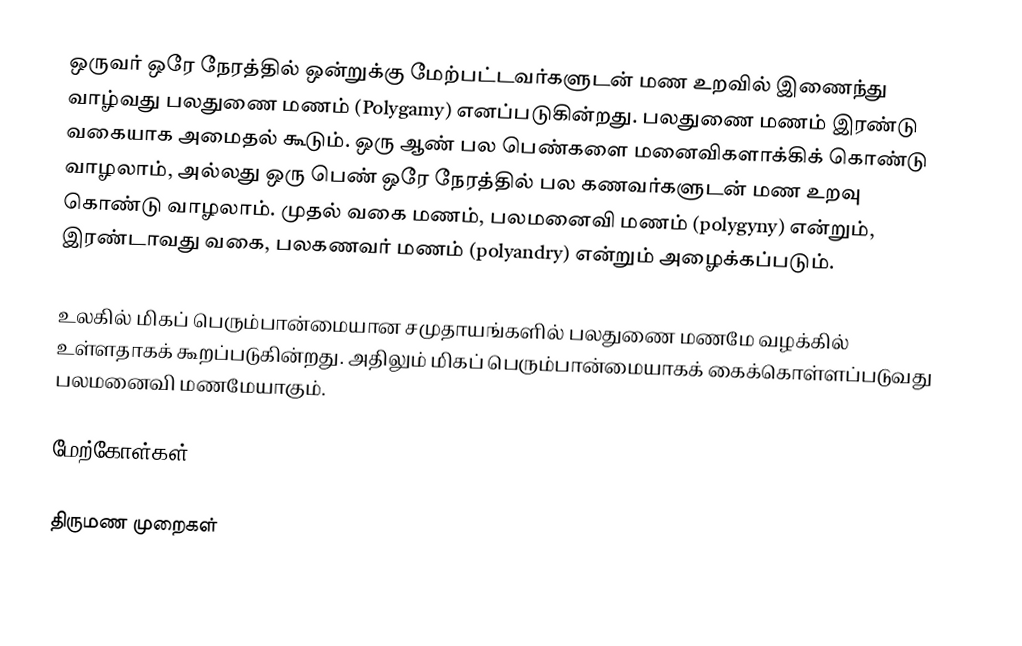
ஒருவர் ஒரே நேரத்தில் ஒன்றுக்கு மேற்பட்டவர்களுடன் மண உறவில் இணைந்து வாழ்வது பலதுணை மணம் (Polygamy) எனப்படுகின்றது. பலதுணை மணம் இரண்டு வகையாக அமைதல் கூடும். ஒரு ஆண் பல பெண்களை மனைவிகளாக்கிக் கொண்டு வாழலாம், அல்லது ஒரு பெண் ஒரே நேரத்தில் பல கணவர்களுடன் மண உறவு கொண்டு வாழலாம். முதல் வகை மணம், பலமனைவி மணம் (polygyny) என்றும், இரண்டாவது வகை, பலகணவர் மணம் (polyandry) என்றும் அழைக்கப்படும்.

உலகில் மிகப் பெரும்பான்மையான சமுதாயங்களில் பலதுணை மணமே வழக்கில் உள்ளதாகக் கூறப்படுகின்றது. அதிலும் மிகப் பெரும்பான்மையாகக் கைக்கொள்ளப்படுவது பலமனைவி மணமேயாகும்.

மேற்கோள்கள்

திருமண முறைகள்